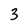
Character: 3